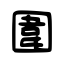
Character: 圍